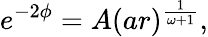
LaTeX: e^{-2\phi}=A(ar)^{\frac{1}{\omega+1}},